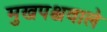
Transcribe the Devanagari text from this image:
मुखपश्चवाले